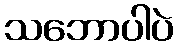
သဘောပါပဲ